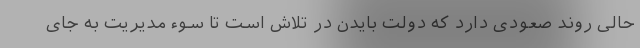
حالی روند صعودی دارد که دولت بایدن در تلاش است تا سوء مدیریت به جای